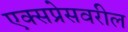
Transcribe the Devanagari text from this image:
एक्सप्रेसवरील